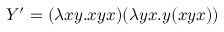
Y ^ { \prime } = ( \lambda x y . x y x ) ( \lambda y x . y ( x y x ) )